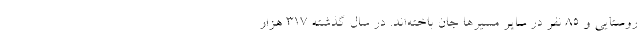
روستایی و ۸۵ نفر در سایر مسیرها جان باخته‌اند. در سال گذشته ۳۱۷ هزار